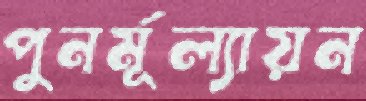
পুনর্মূল্যায়ন